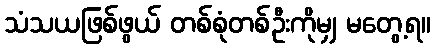
သံသယဖြစ်ဖွယ် တစ်စုံတစ်ဦးကိုမျှ မတွေ့ရ။